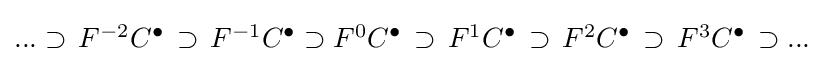
{\textstyle ...\supset \,F^{-2}C^{\bullet }\,\supset \,F^{-1}C^{\bullet }\supset F^{0}C^{\bullet }\,\supset \,F^{1}C^{\bullet }\,\supset \,F^{2}C^{\bullet }\,\supset \,F^{3}C^{\bullet }\,\supset ...\,}